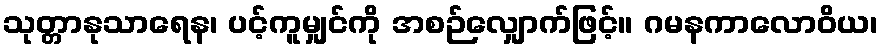
သုတ္တာနုသာရေန၊ ပင့်ကူမျှင်ကို အစဉ်လျှောက်ဖြင့်။ ဂမနကာလောဝိယ၊